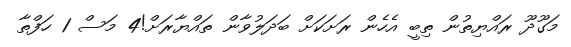
މަގޫދޫ ރައްޔިތުން ތިބީ އެހެން ރަށަކަށް ބަދަލުވާން ތައްޔާރަށް!4 މަސް 1 ހަފްތާ